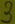
Text: 3